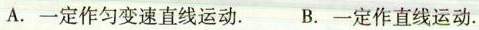
A.一定作匀变速直线运动. B.一定作直线运动.